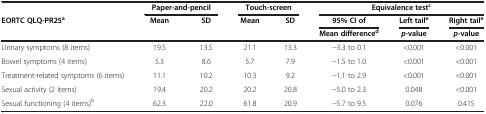
<table><thead><tr><td><b> </b></td><td colspan="2"><b>Paper-and-pencil</b></td><td colspan="2"><b>Touch-screen</b></td><td colspan="3"><b>Equivalence test<sup>c</sup></b></td></tr><tr><td rowspan="2"><b>EORTC QLQ-PR25<sup>a</sup></b></td><td rowspan="2"><b>Mean</b></td><td rowspan="2"><b>SD</b></td><td rowspan="2"><b>Mean</b></td><td rowspan="2"><b>SD</b></td><td><b>95% CI of</b></td><td><b>Left tail<sup>e</sup></b></td><td><b>Right tail<sup>e</sup></b></td></tr><tr><td><b>Mean difference<sup>d</sup></b></td><td><b><i>p</i>-value</b></td><td><b><i>p</i>-value</b></td></tr></thead><tbody><tr><td>Urinary symptoms (8 items)</td><td>19.5</td><td>13.5</td><td>21.1</td><td>13.3</td><td>−3.3 to 0.1</td><td>&lt;0.001</td><td>&lt;0.001</td></tr><tr><td>Bowel symptoms (4 items)</td><td>5.3</td><td>8.6</td><td>5.7</td><td>7.9</td><td>−1.5 to 1.0</td><td>&lt;0.001</td><td>&lt;0.001</td></tr><tr><td>Treatment-related symptoms (6 items)</td><td>11.1</td><td>10.2</td><td>10.3</td><td>9.2</td><td>−1.1 to 2.9</td><td>&lt;0.001</td><td>&lt;0.001</td></tr><tr><td>Sexual activity (2 items)</td><td>19.4</td><td>20.2</td><td>20.2</td><td>20.8</td><td>−5.0 to 2.3</td><td>0.048</td><td>&lt;0.001</td></tr><tr><td>Sexual functioning (4 items)<sup>b</sup></td><td>62.3</td><td>22.0</td><td>61.8</td><td>20.9</td><td>−5.7 to 9.5</td><td>0.076</td><td>0.415</td></tr></tbody></table>